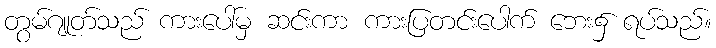
တွမ်ဂျုတ်သည် ကားပေါ်မှ ဆင်းကာ ကားပြတင်းပေါက် ဘေး၌ ရပ်သည်။